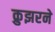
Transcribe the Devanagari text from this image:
क्रुझरने